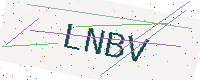
Text: LNBV